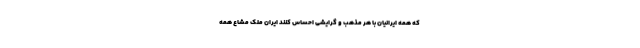
كه همه ايرانيان با هر مذهب و گرايشي احساس كنند ايران ملك مشاع همه